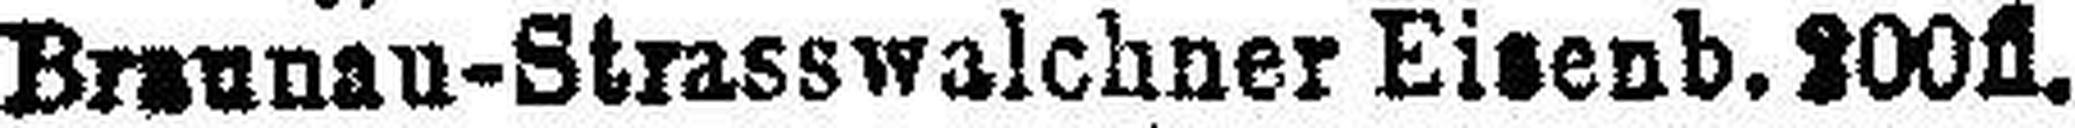
Braunau-Strasswalchner Eisenb. 200fl.